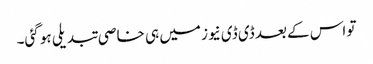
تو اس کے بعد ڈی ڈی نیوز میں ہی خاصی تبدیلی ہو گئی۔